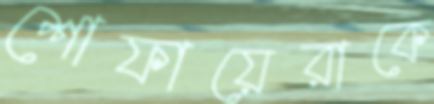
শোফায়েরাকে